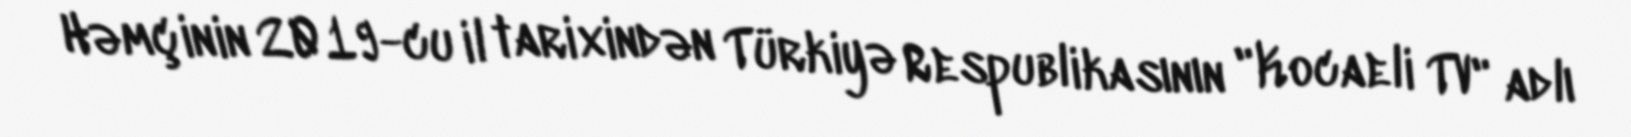
Həmçinin 2019-cu il tarixindən Türkiyə Respublikasının "Kocaeli TV" adlı